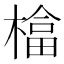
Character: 𱤍